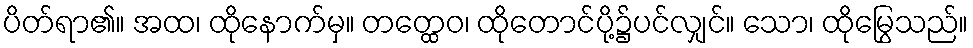
ပိတ်ရာ၏။ အထ၊ ထိုနောက်မှ။ တတ္ထေဝ၊ ထိုတောင်ပို့၌ပင်လျှင်။ သော၊ ထိုမြွေသည်။